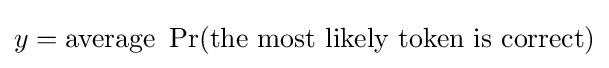
y={\text{average }}\Pr({\text{the most likely token is correct}})